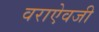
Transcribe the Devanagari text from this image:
वराऐवजी